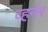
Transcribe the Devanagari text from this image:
व्हर्नर